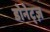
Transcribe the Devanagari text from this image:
डोनेट्ज़